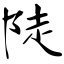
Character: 陡